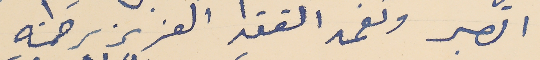
الصبر وتغمد الفقيد العزيز رحمته